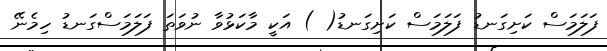
ފަލަމަސް ކަށިގަނޑު ފަލަމަސް ކަށިގަނޑު( ) އަކީ މާކަޅުވާ ނުވަތަ ފަލަމަސްގަނޑު ހިމެނޭ